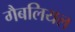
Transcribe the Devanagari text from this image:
गैबलियल